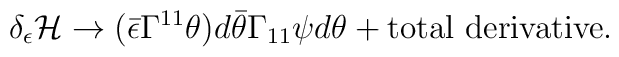
\delta_\epsilon {\cal H} \rightarrow  (\bar\epsilon \Gamma^{11} \theta) d\bar\theta \Gamma_{11} \psi d \theta + {\rm total\,\, derivative}.